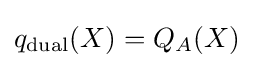
q_{\text{dual}}(X)=Q_{A}(X)